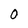
Character: 0